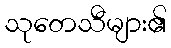
သုတေသီများ၏